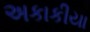
અકાકીયા